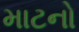
માટનો